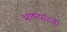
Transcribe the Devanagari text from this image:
भाष्याच्या